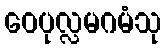
ဝေပုလ္လမဂမံသု